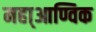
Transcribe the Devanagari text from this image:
महा्आण्विक